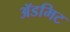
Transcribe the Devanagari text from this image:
ॲडमिट